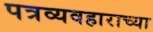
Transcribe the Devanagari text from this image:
पत्रव्यवहाराच्या